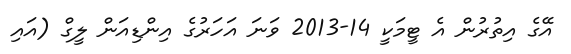
އޭގެ އިތުރުން އެ ޓީމަކީ 14-2013 ވަނަ އަހަރުގެ އިންޑިއަން ލީގް (އައި